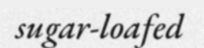
sugar-loafed